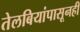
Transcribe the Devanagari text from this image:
तेलबियांपासूनही